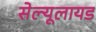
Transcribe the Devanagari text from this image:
सेल्यूलायड